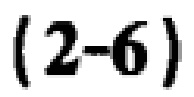
\((2 - 6)\)